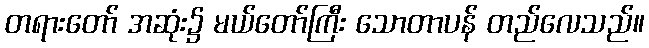
တရားတော် အဆုံး၌ မယ်တော်ကြီး သောတာပန် တည်လေသည်။